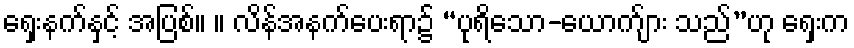
ရှေးနက်နှင့် အပြစ်။ ။ လိန်အနက်ပေးရာ၌ “ပုရိသော-ယောက်ျား သည်”ဟု ရှေးက